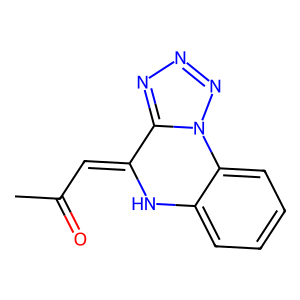
SMILES: CC(=O)C=C1Nc2ccccc2-n2nnnc21
Inhibits HIV replication: No